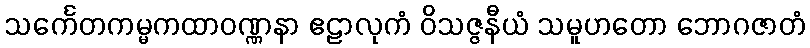
သင်္ကေတကမ္မကထာဝဏ္ဏနာ ဧဠာလုကံ ဝိသဇ္ဇနီယံ သမူဟတော ဘောဂဇာတံ